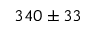
3 4 0 \pm 3 3